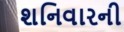
શનિવારની